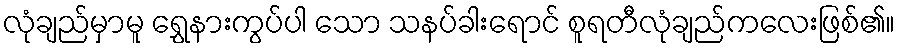
လုံချည်မှာမူ ရွှေနားကွပ်ပါ သော သနပ်ခါးရောင် စူရတီလုံချည်ကလေးဖြစ်၏။